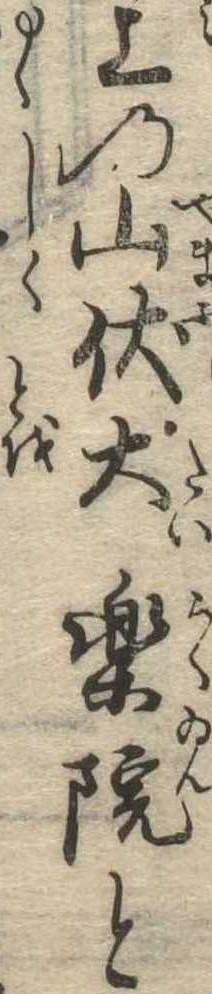
上の山伏大楽院と